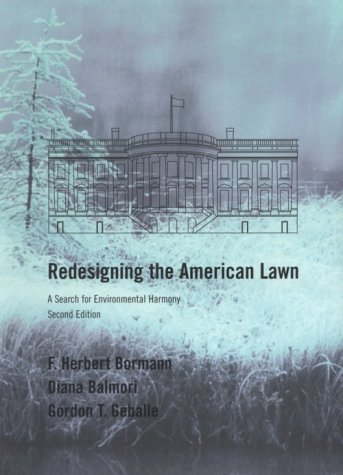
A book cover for Redesigning the American Lawn: A Search for Environmental Harmony, Second Edition; F. Herbert Bormann; Crafts, Hobbies & Home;